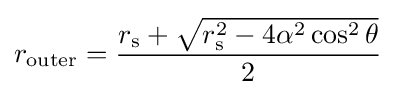
r_{\text{outer}}={\frac {r_{\text{s}}+{\sqrt {r_{\text{s}}^{2}-4\alpha ^{2}\cos ^{2}\theta }}}{2}}